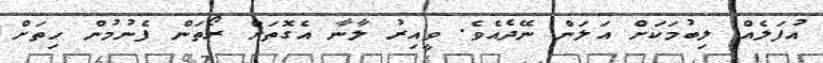
އުފަލެއް ލިބުމަކަށް އަލަން ނޭދެއެވެ. ވީއިރު ލާނާ އެގޮތަށް ރޯތަން ފެނުމުން ހިތަށް